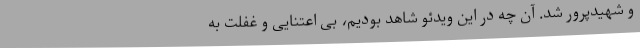
و شهیدپرور شد. آن چه در این ویدئو شاهد بودیم، بی اعتنایی و غفلت به